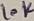
Text: 10K